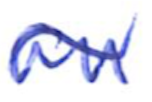
Text: an
Cross-out: wave
Writing tool: ballpoint